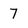
Character: 7